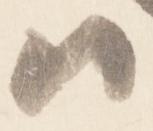
候